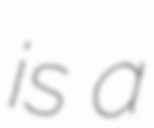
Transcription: is a